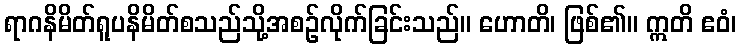
ရာဂနိမိတ်ရူပနိမိတ်စသည်သို့အစဉ်လိုက်ခြင်းသည်။ ဟောတိ၊ ဖြစ်၏။ ဣတိ ဧဝံ၊